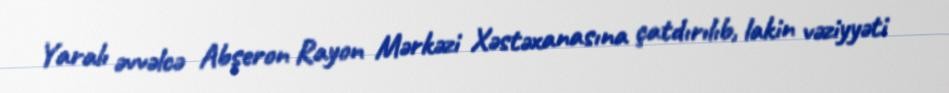
Yaralı əvvəlcə Abşeron Rayon Mərkəzi Xəstəxanasına çatdırılıb, lakin vəziyyəti